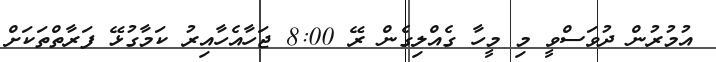
އުމުރުން ދުވަސްވީ މި މީހާާ ގެއްލިގެން ރޭ 8:00 ޖަހާއެހާއިރު ކަމާގުޅޭ ފަރާތްތަކަށް